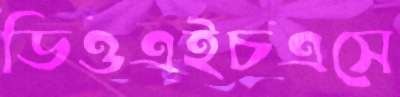
ডিওএইচএসে